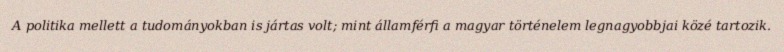
A politika mellett a tudományokban is jártas volt; mint államférfi a magyar történelem legnagyobbjai közé tartozik.